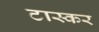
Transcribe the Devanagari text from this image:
टास्कर